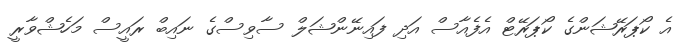
އެ ކޯޕަރޭޝަންގެ ކޯޕަރޭޓް އެފެއާސް އަދި ފައިނޭންޝަލް ސާވިސްގެ ނައިބް ރައީސް މަހެޝްވާރީ